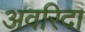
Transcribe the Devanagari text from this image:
अवरिदा